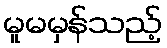
မူမမှန်သည့်